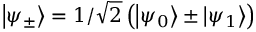
\left| \psi _ { \pm } \right\rangle = 1 / \sqrt { 2 } \left( \left| \psi _ { 0 } \right\rangle \pm \left| \psi _ { 1 } \right\rangle \right)